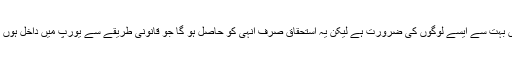
’ہمیں بہت سے ایسے لوگوں کی ضرورت ہے لیکن یہ استحقاق صرف انہی کو حاصل ہو گا جو قانونی طریقے سے یورپ میں داخل ہوں گے۔